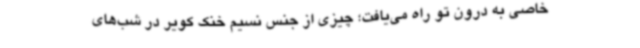
خاصی به درون تو راه‌ می‌یافت؛ چیزی از جنس نسیم خنک کویر در شب‌های